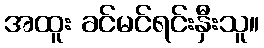
အထူး ခင်မင်ရင်းနှီးသူ။